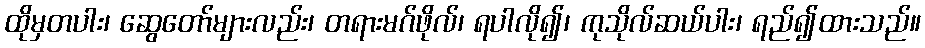
ထိုမှတပါး၊ ဆွေတော်များလည်း၊ တရားမဂ်ဖိုလ်၊ ရပါလို၍၊ ကုသိုလ်ဆယ်ပါး၊ ရည်၍ထားသည်။